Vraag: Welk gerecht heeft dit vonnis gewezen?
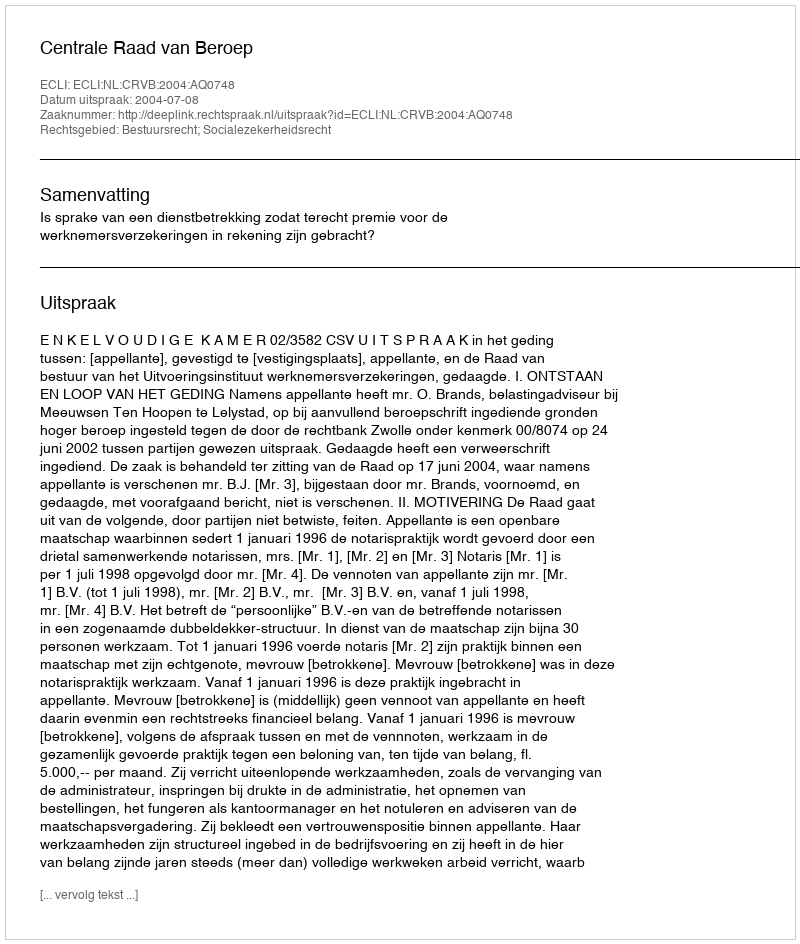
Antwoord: Centrale Raad van Beroep